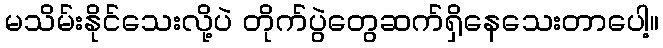
မသိမ်းနိုင်သေးလို့ပဲ တိုက်ပွဲတွေဆက်ရှိနေသေးတာပေါ့။